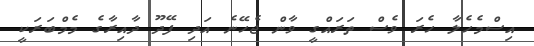
އިސްމެހެލާ ހެރަ ވެސް ތަރައްގީ ވާން ޖެހޭނެ އަދި ފޭދޫ ދާއިރާގެ މެމްބަރަކީ